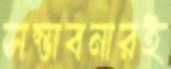
সম্ভাবনারই